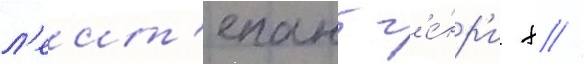
л'еит'енант г'е́нр'и х //